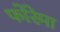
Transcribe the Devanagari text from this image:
फोरेमा